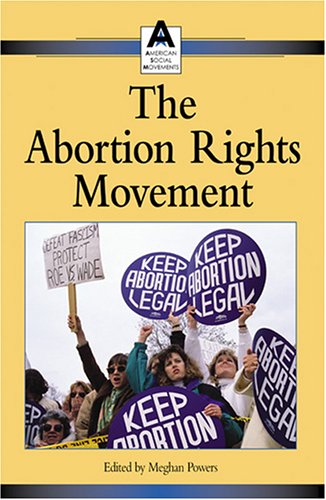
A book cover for American Social Movements - The Abortion Rights Movement; Teen & Young Adult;